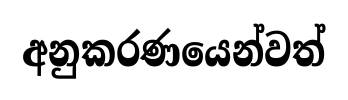
අනුකරණයෙන්වත්